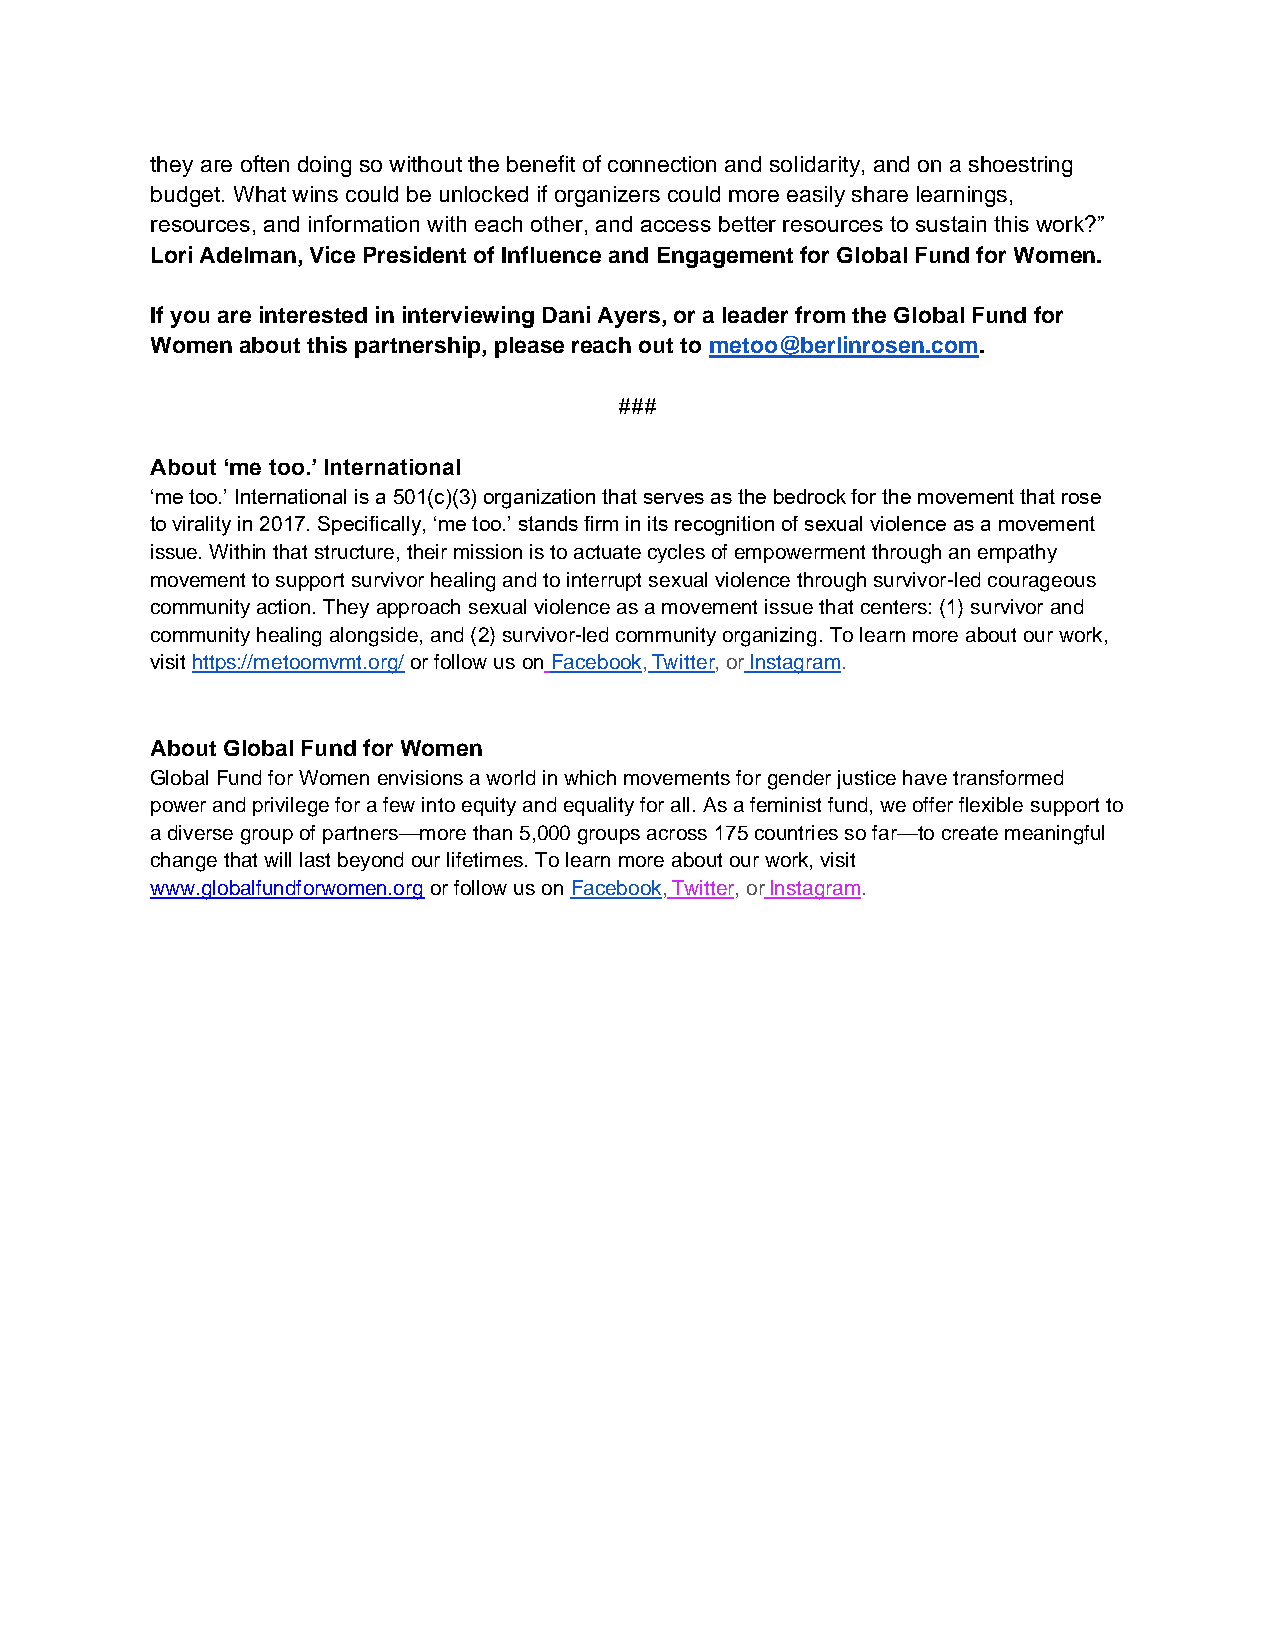
they are often doing so without the benefit of connection and solidarity, and on a shoestring
 budget. What wins could be unlocked if organizers could more easily share learnings,
 resources, and information with each other, and access better resources to sustain this work?”
 Lori Adelman, Vice President of Influence and Engagement for Global Fund for Women.
 If you are interested in interviewing Dani Ayers, or a leader from the Global Fund for
 Women about this partnership, please reach out to metoo@berlinrosen.com.
 ###
 About ‘me too.’ International
 ‘me too.’ International is a 501(c)(3) organization that serves as the bedrock for the movement that rose
 to virality in 2017. Specifically, ‘me too.’ stands firm in its recognition of sexual violence as a movement
 issue. Within that structure, their mission is to actuate cycles of empowerment through an empathy
 movement to support survivor healing and to interrupt sexual violence through survivor-led courageous
 community action. They approach sexual violence as a movement issue that centers: (1) survivor and
 community healing alongside, and (2) survivor-led community organizing. To learn more about our work,
 visit https://metoomvmt.org/ or follow us on Facebook, Twitter, or Instagram.
 About Global Fund for Women
 Global Fund for Women envisions a world in which movements for gender justice have transformed
 power and privilege for a few into equity and equality for all. As a feminist fund, we offer flexible support to
 a diverse group of partners—more than 5,000 groups across 175 countries so far—to create meaningful
 change that will last beyond our lifetimes. To learn more about our work, visit
 www.globalfundforwomen.org or follow us on Facebook, Twitter, or Instagram.